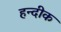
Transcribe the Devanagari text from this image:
हन्दीक